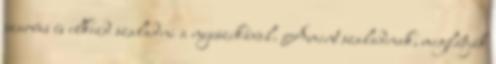
szarvas és elkezd szaladni a nyuszikával. Amint szaladnak, meglátják